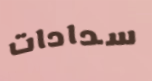
سدادات